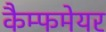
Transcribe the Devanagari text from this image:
कैम्फमेयर